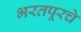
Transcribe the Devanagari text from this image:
भरतपूरचे